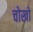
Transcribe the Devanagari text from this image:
चोखो